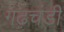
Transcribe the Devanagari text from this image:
गढ़चंडी